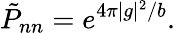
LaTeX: {\tilde{P}}_{nn}=e^{4\pi|g|^{2}/b}.